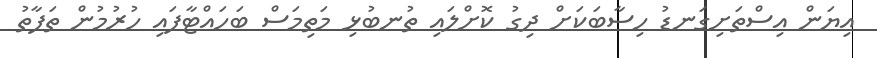
އިޔަން އިސްތަށިގަނޑު ހިސާބަކަށް ދިގު ކޮށްލައި ތުނބުޅި މަތިމަސް ބަހައްޓާފައި ހުރުމުން ތަފާތު